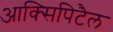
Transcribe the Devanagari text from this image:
आक्सिपिटैल